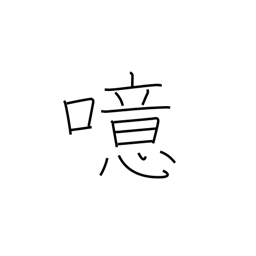
Meaning: burp